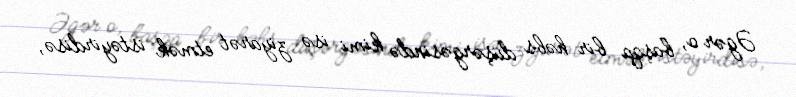
Əgər o, başqa bir həbs düşərgəsində kimi isə ziyarət etmək istəyirdisə,